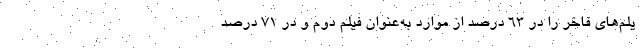
یلم‌های فاخر را در ۶۳ درصد از موارد به‌عنوان فیلم دوم و در ۷۱ درصد